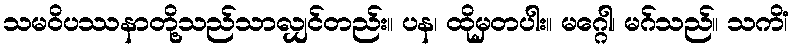
သမဝိပဿနာတို့သည်သာလျှင်တည်း။ ပန၊ ထိုမှတပါး။ မဂ္ဂေါ၊ မဂ်သည်။ သကိံ၊